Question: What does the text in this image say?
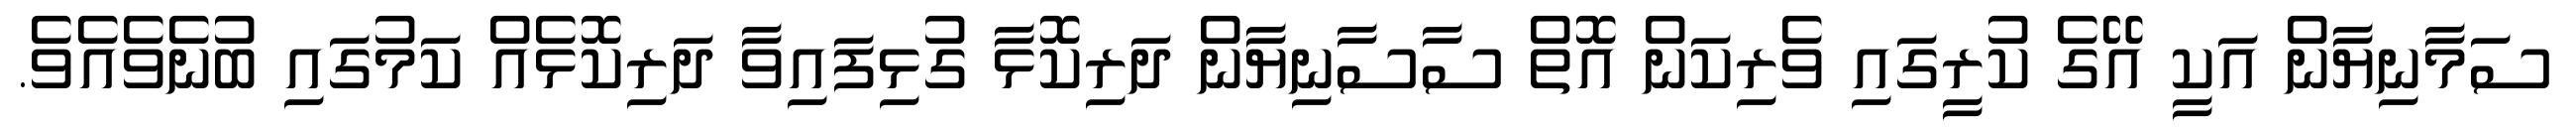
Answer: ސަމާނިޔާން އަކީ އޭގެ ކުރީގައި ވެރިކަން އޮތް ސާސާނިޔާން ދަރިކޮޅާ ގުޅިފައިވާ ދަރިކޮޅެއް ކަމުގައި ބުނެވެއެވެ.